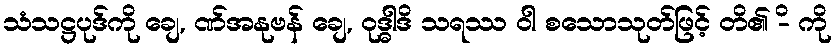
သံသဋ္ဌပုဒ်ကို ချေ, ဏ်အနုဗန် ချေ, ဝုဒ္ဓါဒိ သရဿ ဝါ စသောသုတ်ဖြင့် တိ၏ -ိ ကို